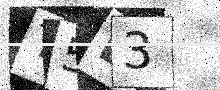
Text: T5L3